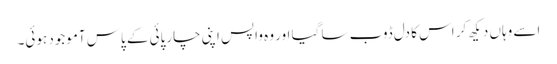
اسے وہاں دیکھ کر اس کا دل ڈوب سا گیا اور وہ واپس اپنی چارپائی کے پاس آموجود ہوئی۔